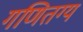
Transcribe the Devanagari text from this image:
गणितग्य